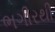
ભગીરથી